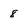
Character: 8